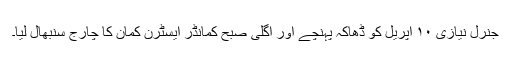
جنرل نیازی ۱۰ اپریل کو ڈھاکہ پہنچے اور اگلی صبح کمانڈر ایسٹرن کمان کا چارج سنبھال لیا۔